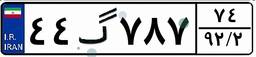
۴۴گ۷۸۷۷۴